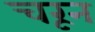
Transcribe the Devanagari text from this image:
चरून